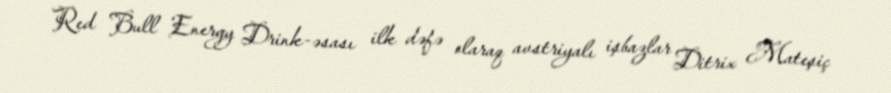
Red Bull Energy Drink-əsası ilk dəfə olaraq avstriyalı işbazlar Ditrix Mateşiç